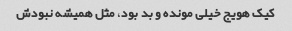
کیک هویج خیلی مونده و بد بود، مثل همیشه نبودش